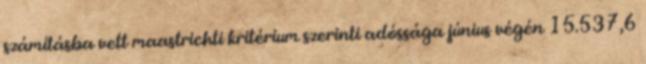
számításba vett maastrichti kritérium szerinti adóssága június végén 15.537,6